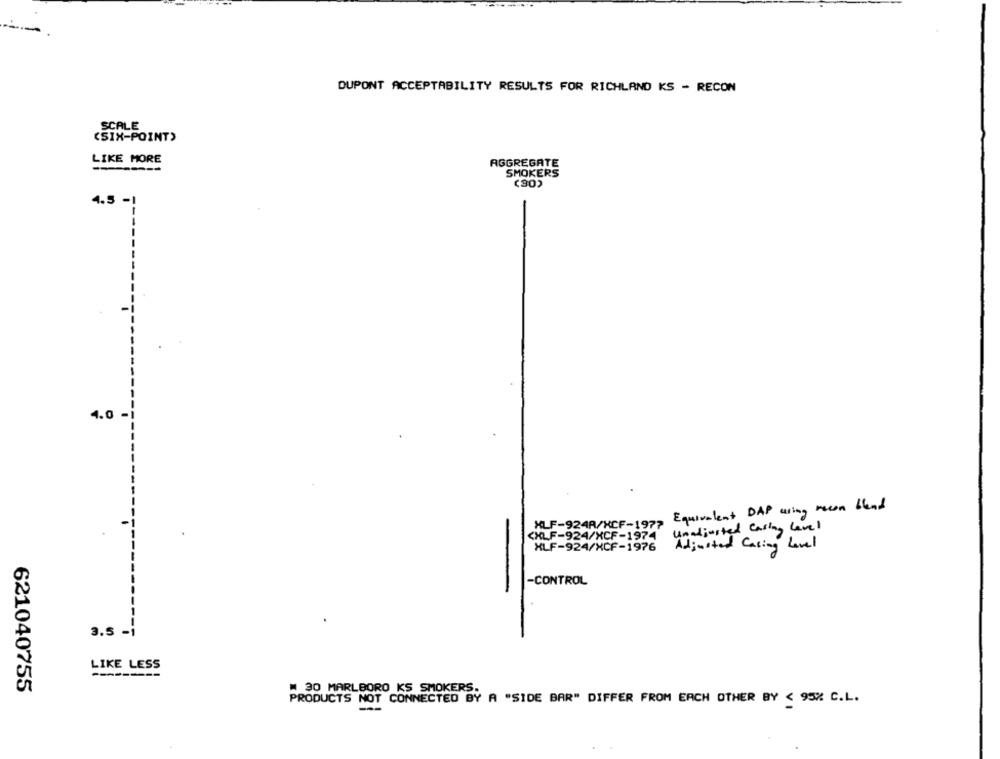
---
DUPONT ACCEPTABILITY RESULTS FOR RICHLAND KS - RECON
SCALE
(SIX-POINT)
LIKE MORE
AGGREGATE
-----
SMOKERS
(30)
4.5 -1
4.0
Equivalent DAP using mecon blend
XLF-924A/HCF-1977
Unadjusted Casing Lavel
CXLF-924/XCF-1974
XLF-924/XCF-1976
Adjusted Casing Level
-CONTROL
-
3.5 -1
LIKE LESS
621040755
W 30 MARLBORO KS SMOKERS.
PRODUCTS NOT CONNECTED BY A "SIDE BAR" DIFFER FROM EACH OTHER BY < 95% C.L.
---